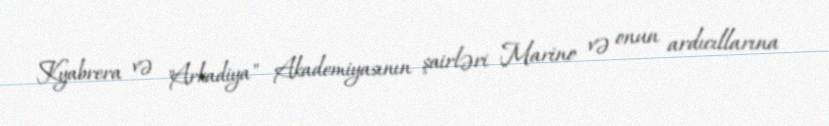
Kyabrera və "Arkadiya" Akademiyasının şairləri Marino və onun ardıcıllarına